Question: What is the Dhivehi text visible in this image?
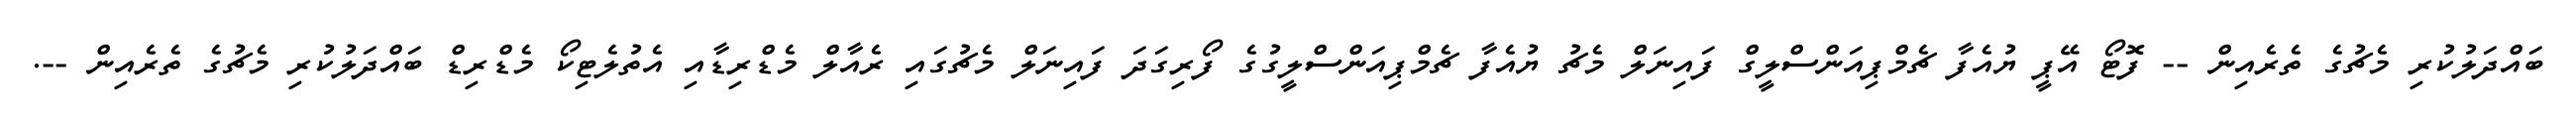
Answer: ބައްދަލުކުރި މެޗުގެ ތެރެއިން -- ފޮޓޯ އޭޕީ ޔުއެފާ ޗެމްޕިއަންސްލީގް ފައިނަލް މެޗު ޔުއެފާ ޗެމްޕިއަންސްލީގުގެ ފޯރިގަދަ ފައިނަލް މެޗުގައި ރެއާލް މެޑްރިޑާއި އެތުލެޓިކޯ މެޑްރިޑް ބައްދަލުކުރި މެޗުގެ ތެރެއިން --.